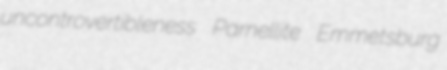
uncontrovertibleness Parnellite Emmetsburg